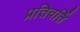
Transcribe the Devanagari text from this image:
प्रतिवर्ति